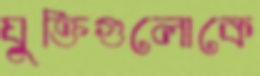
যুক্তিগুলোকে